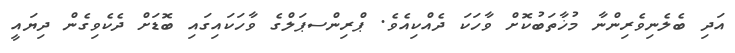
އަދި ބެލެނިވެރިންނާ މުޚާތަބުކޮށް ވާހަކަ ދެއްކިއެވެ. ޕްރިންސޕަލްގެ ވާހަކައިގައި ބޮޑަށް ދެކެވިގެން ދިޔައީ